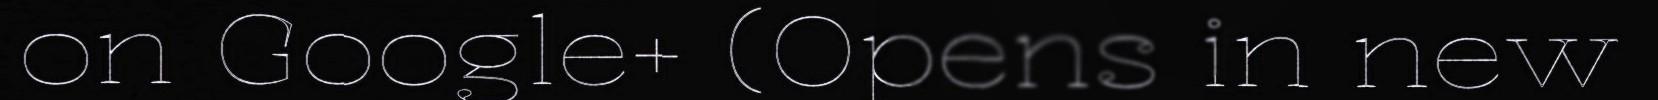
on Google+ (Opens in new